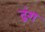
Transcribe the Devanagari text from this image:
द्रंग